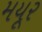
મયૂર